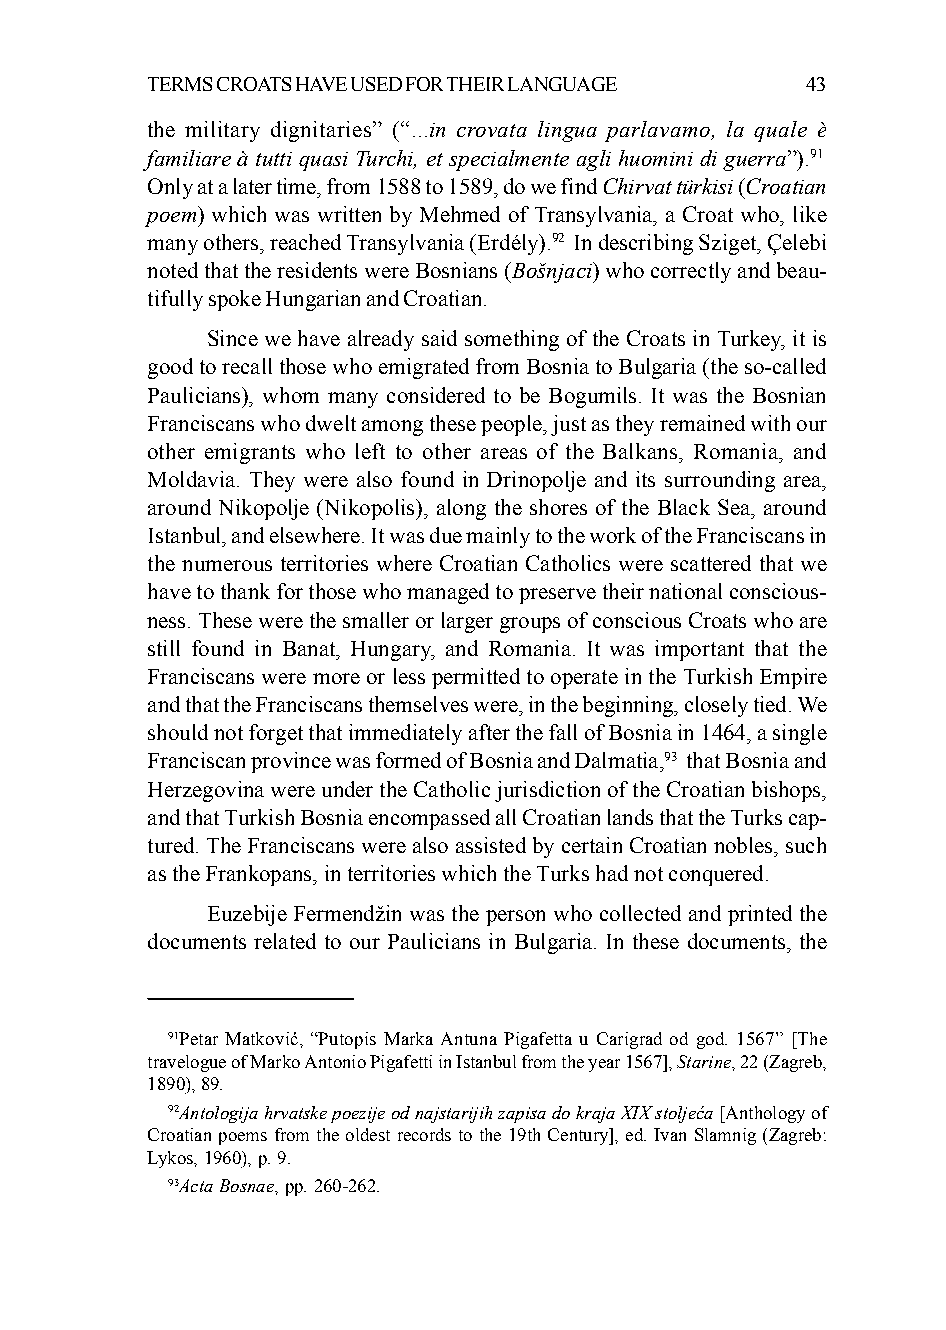
TERMS CROATS HAVE USED FOR THEIR LANGUAGE  43
 the military dignitaries” (“...in crovata lingua parlavamo, la quale è
 familiare à tutti quasi Turchi, et specialmente agli huomini di guerra”).91
 Only at a later time, from 1588 to 1589, do we find Chirvat türkisi (Croatian
 poem) which was written by Mehmed of Transylvania, a Croat who, like
 many others, reached Transylvania (Erdély).92 In describing Sziget, Çelebi
 noted that the residents were Bosnians (Bošnjaci) who correctly and beau-
 tifully spoke Hungarian and Croatian.
 Since we have already said something of the Croats in Turkey, it is
 good to recall those who emigrated from Bosnia to Bulgaria (the so-called
 Paulicians), whom many considered to be Bogumils. It was the Bosnian
 Franciscans who dwelt among these people, just as they remained with our
 other emigrants who left to other areas of the Balkans, Romania, and
 Moldavia. They were also found in Drinopolje and its surrounding area,
 around Nikopolje (Nikopolis), along the shores of the Black Sea, around
 Istanbul, and elsewhere. It was due mainly to the work of the Franciscans in
 the numerous territories where Croatian Catholics were scattered that we
 have to thank for those who managed to preserve their national conscious-
 ness. These were the smaller or larger groups of conscious Croats who are
 still found in Banat, Hungary, and Romania. It was important that the
 Franciscans were more or less permitted to operate in the Turkish Empire
 and that the Franciscans themselves were, in the beginning, closely tied. We
 should not forget that immediately after the fall of Bosnia in 1464, a single
 Franciscan province was formed of Bosnia and Dalmatia,93 that Bosnia and
 Herzegovina were under the Catholic jurisdiction of the Croatian bishops,
 and that Turkish Bosnia encompassed all Croatian lands that the Turks cap-
 tured. The Franciscans were also assisted by certain Croatian nobles, such
 as the Frankopans, in territories which the Turks had not conquered.
 Euzebije Fermendžin was the person who collected and printed the
 documents related to our Paulicians in Bulgaria. In these documents, the
 91Petar Matković, “Putopis Marka Antuna Pigafetta u Carigrad od god. 1567” [The
 travelogue of Marko Antonio Pigafetti in Istanbul from the year 1567], Starine, 22 (Zagreb,
 1890), 89.
 92Antologija hrvatske poezije od najstarijih zapisa do kraja XIX stoljeća [Anthology of
 Croatian poems from the oldest records to the 19th Century], ed. Ivan Slamnig (Zagreb:
 Lykos, 1960), p. 9.
 93Acta Bosnae, pp. 260-262.